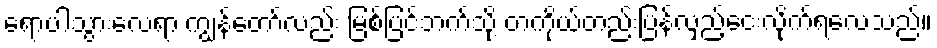
ရောပါသွားလေရာ ကျွန်တော်လည်း မြစ်ပြင်ဘက်သို့ တကိုယ်တည်းပြန်လှည့်ငေးလိုက်ရလေသည်။